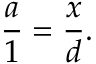
{ \frac { a } { 1 } } = { \frac { x } { d } } .